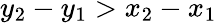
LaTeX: y_{2}-y_{1}>x_{2}-x_{1}